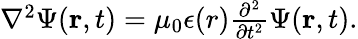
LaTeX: \begin{array}{r}{\nabla^{2}{\Psi}({\mathbf r},t)=\mu_{0}\epsilon(r)\frac{\partial^{2}}{\partial t^{2}}{\Psi}({\mathbf r},t).}\end{array}